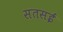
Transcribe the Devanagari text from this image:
सतसईं